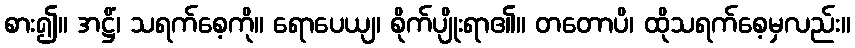
စား၍။ အဋ္ဌိံ၊ သရက်စေ့ကို။ ရောပေယျ၊ စိုက်ပျိုးရာ၏။ တတောပိ၊ ထိုသရက်စေ့မှလည်း။